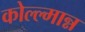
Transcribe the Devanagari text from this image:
कोल्ल्मान्न